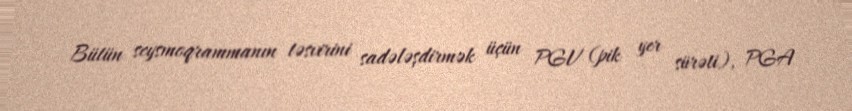
Bütün seysmoqrammanın təsvirini sadələşdirmək üçün PGV (pik yer sürəti), PGA